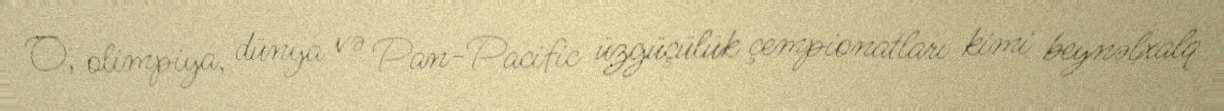
O, olimpiya, dünya və Pan-Pacific üzgüçülük çempionatları kimi beynəlxalq